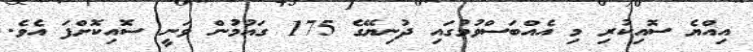
އިއްޔެ ސޮއިކުރި މި އެއްބަސްވުމުގައި ދުނިޔޭގެ 175 ގައުމުން ވަނީ ސޮއިކޮށްފަ އެވެ.